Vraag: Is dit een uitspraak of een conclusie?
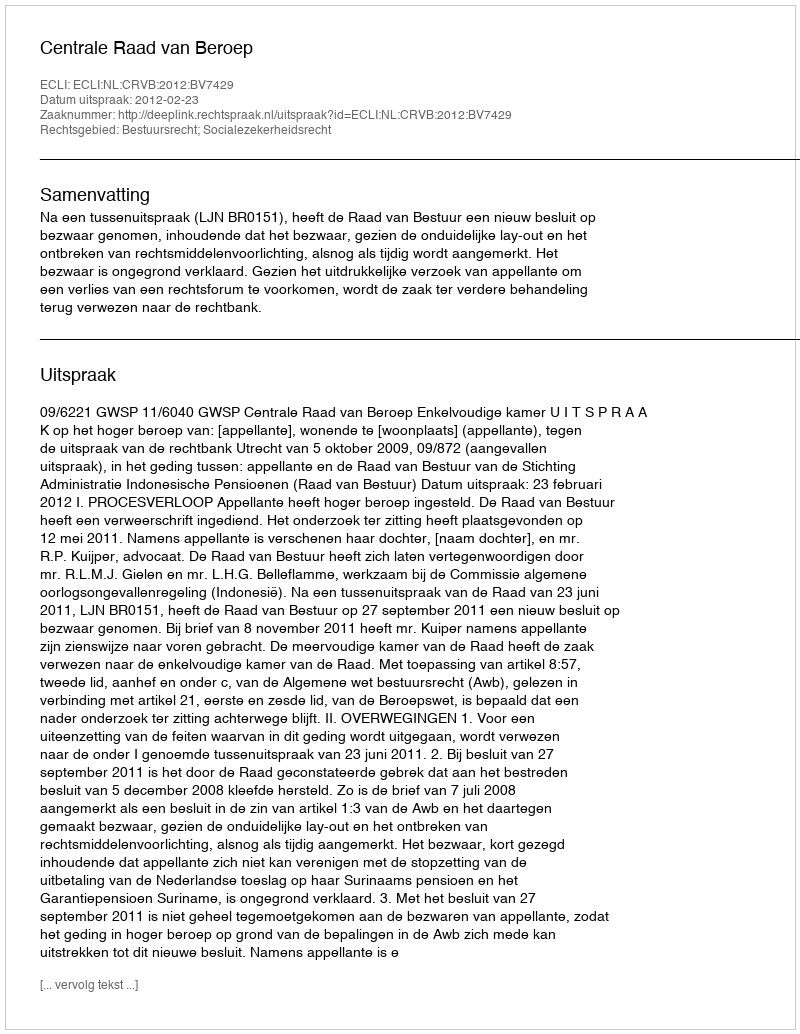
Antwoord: Uitspraak